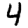
Digit: 4